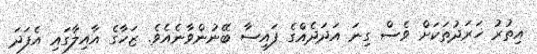
އިތުރު ޚަރަދުތަކަށް ވެސް ގިނަ އަދަދެއްގެ ފައިސާ ބޭނުންވާނެއެވެ. ޒަހާގެ އާއިލާގައި އެފަދަ